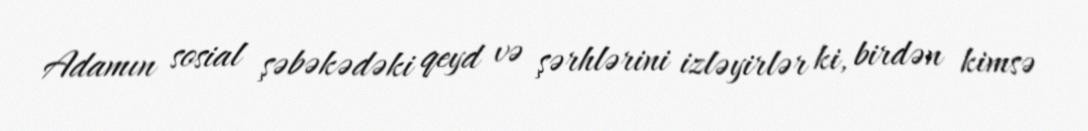
Adamın sosial şəbəkədəki qeyd və şərhlərini izləyirlər ki, birdən kimsə